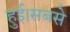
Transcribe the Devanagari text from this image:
हुई।सबसे